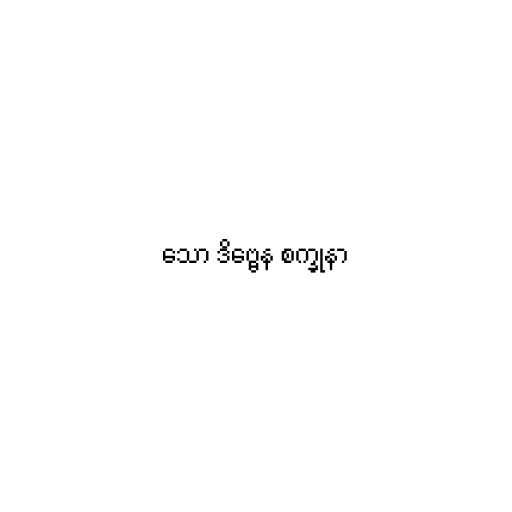
သော ဒိဗ္ဗေန စက္ခုနာ